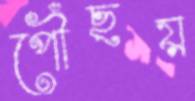
পৌঁছয়